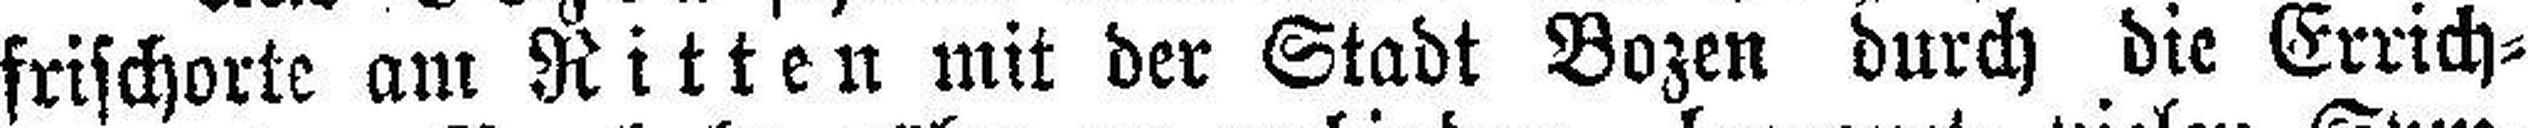
frischorte am Ritten mit der Stadt Bozen durch die Errich¬